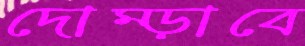
দোম্‌ড়াবে